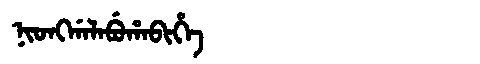
Manchu: ᠨᡳᠣᠩᡤᠠᠯᠠᠪᡠᡥᠠᠪᡳᡥᡝ
Romanization: NIONGGALABUHABIHE